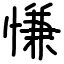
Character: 慊